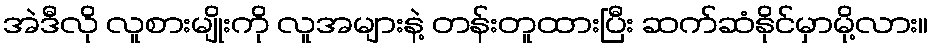
အဲဒီလို လူစားမျိုးကို လူအများနဲ့ တန်းတူထားပြီး ဆက်ဆံနိုင်မှာမို့လား။